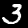
Label: 3